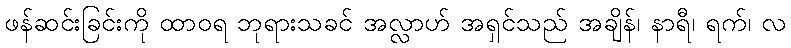
ဖန်ဆင်းခြင်းကို ထာဝရ ဘုရားသခင် အလ္လာဟ် အရှင်သည် အချိန်၊ နာရီ၊ ရက်၊ လ